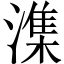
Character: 潗